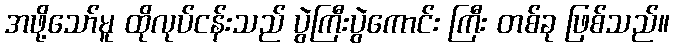
အဖို့သော်မူ ထိုလုပ်ငန်းသည် ပွဲကြီးပွဲကောင်း ကြီး တစ်ခု ဖြစ်သည်။